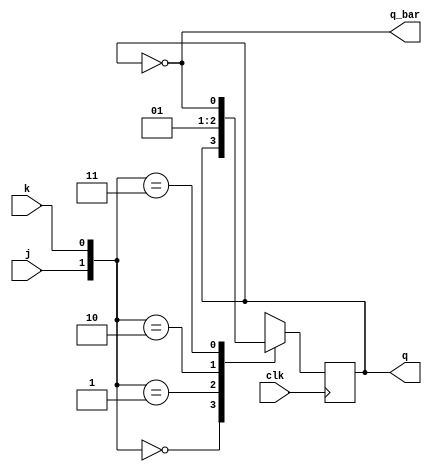
`timescale 1ns / 1ps
//////////////////////////////////////////////////////////////////////////////////
// Company: 
// Engineer: 
// 
// Design Name: 
// Module Name:    master_slave 
// Project Name: 
// Target Devices: 
// Tool versions: 
// Description: 
//
// Dependencies: 
//
// Revision: 
// Revision 0.01 - File Created
// Additional Comments: 
//
//////////////////////////////////////////////////////////////////////////////////
module jk_ff(j,k,clk,q,q_bar);
input j,k,clk;
output  q,q_bar;
reg q;
assign q_bar= ~q;
always @(posedge clk)
begin

case({j,k})
2'b00: q<=q;
2'b01: q<=0;
2'b10: q<=1;
2'b11: q<=~q;
endcase
end
endmodule


module master_slave(s,r,clk,qn,qn_bar,);
input s,r,clk;
output qn,qn_bar;


wire mq;
wire mq_bar;
wire mclk;
assign mclk= ~clk;


jk_ff Master(s,r,clk,mq,mq_bar);
jk_ff Slave(mq,mq_bar,mclk,qn,qn_bar);

endmodule